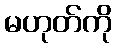
မဟုတ်ကို